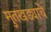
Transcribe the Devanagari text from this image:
मुतखड्याचे